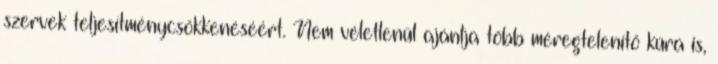
szervek teljesítménycsökkenéséért. Nem véletlenül ajánlja több méregtelenítő kúra is,